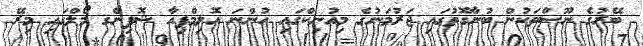
ބޭރުގެ ނޫސްތަކުން ބުނާގޮތުގައި ޖަރުމަނުގެ މިއުނިކްގައި ހުންނަ އޮލިމްޕިއާ ޝޮޕިންގ މޯލްގައި މިރޭ